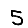
Digit: 5